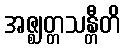
အဇ္ဈတ္တသန္တီတိ